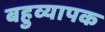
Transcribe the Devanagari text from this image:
बहुव्यापक